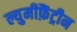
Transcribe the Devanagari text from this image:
ल्युमीफ़ैंट्रीन